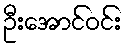
ဦးအောင်ဝင်း